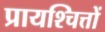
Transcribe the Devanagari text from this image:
प्रायश्चित्तों